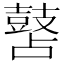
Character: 䵿